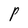
Character: P